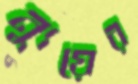
ন্যুয়ের